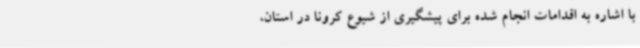
با اشاره به اقدامات انجام ‌شده برای پیشگیری از شیوع کرونا در استان،